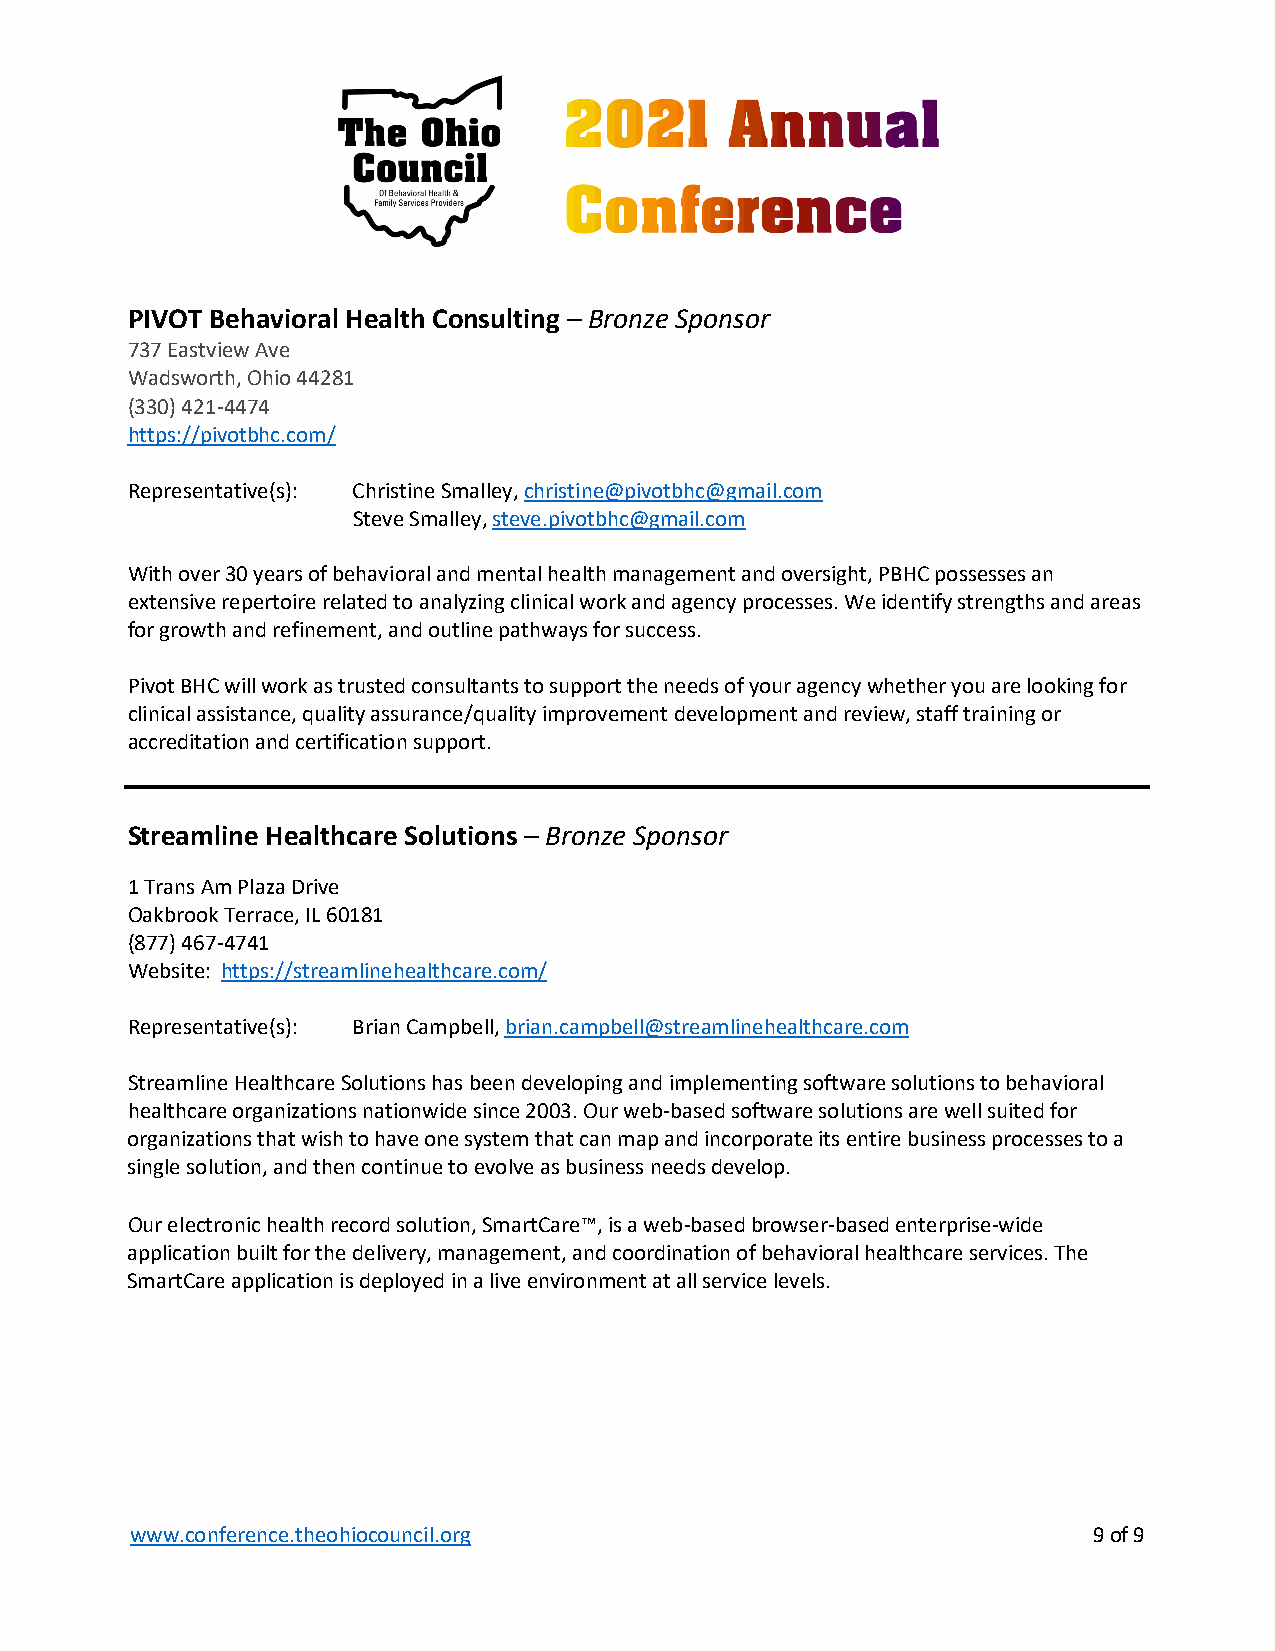
PIVOT Behavioral Health Consulting – Bronze Sponsor
 737 Eastview Ave
 Wadsworth, Ohio 44281
 (330) 421-4474
 https://pivotbhc.com/
 Representative(s): Christine Smalley, christine@pivotbhc@gmail.com
 Steve Smalley, steve.pivotbhc@gmail.com
 With over 30 years of behavioral and mental health management and oversight, PBHC possesses an
 extensive repertoire related to analyzing clinical work and agency processes. We identify strengths and areas
 for growth and refinement, and outline pathways for success.
 Pivot BHC will work as trusted consultants to support the needs of your agency whether you are looking for
 clinical assistance, quality assurance/quality improvement development and review, staff training or
 accreditation and certification support.
 Streamline Healthcare Solutions – Bronze Sponsor
 1 Trans Am Plaza Drive
 Oakbrook Terrace, IL 60181
 (877) 467-4741
 Website: https://streamlinehealthcare.com/
 Representative(s): Brian Campbell, brian.campbell@streamlinehealthcare.com
 Streamline Healthcare Solutions has been developing and implementing software solutions to behavioral
 healthcare organizations nationwide since 2003. Our web-based software solutions are well suited for
 organizations that wish to have one system that can map and incorporate its entire business processes to a
 single solution, and then continue to evolve as business needs develop.
 Our electronic health record solution, SmartCare™, is a web-based browser-based enterprise-wide
 application built for the delivery, management, and coordination of behavioral healthcare services. The
 SmartCare application is deployed in a live environment at all service levels.
 www.conference.theohiocouncil.org                              9 of 9